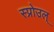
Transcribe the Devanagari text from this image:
स्प्रोउल्